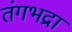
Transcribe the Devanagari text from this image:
तंगभद्रा